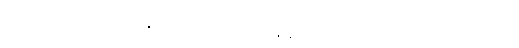
လျှောက်ကုန်၏။ မဟာရာဇ၊ အရှင်မင်းမြတ်။ ဘန္တေ နာဂသေနော၊ အရှင်နာဂသိန်မထေရ်သည်။